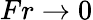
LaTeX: Fr\rightarrow 0